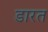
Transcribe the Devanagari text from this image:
डारत